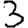
Digit: 3